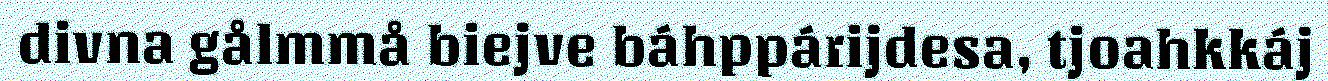
divna gålmmå biejve báhppárijdesa, tjoahkkáj